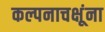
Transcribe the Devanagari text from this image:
कल्पनाचक्षूंना